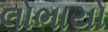
લોભાયો